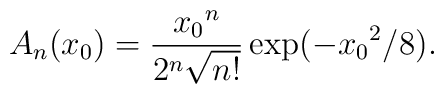
A_n (x_0)=\frac{{x_0}^n}{2^n \sqrt{n!}} \exp(-{x_0}^2/8).